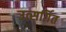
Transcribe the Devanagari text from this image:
उत्सर्गित